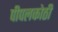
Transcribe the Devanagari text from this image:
पीपलकोठी